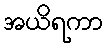
အယိရကာ